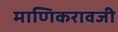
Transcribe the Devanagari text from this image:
माणिकरावजी